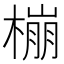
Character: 𱤌